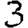
Digit: 3